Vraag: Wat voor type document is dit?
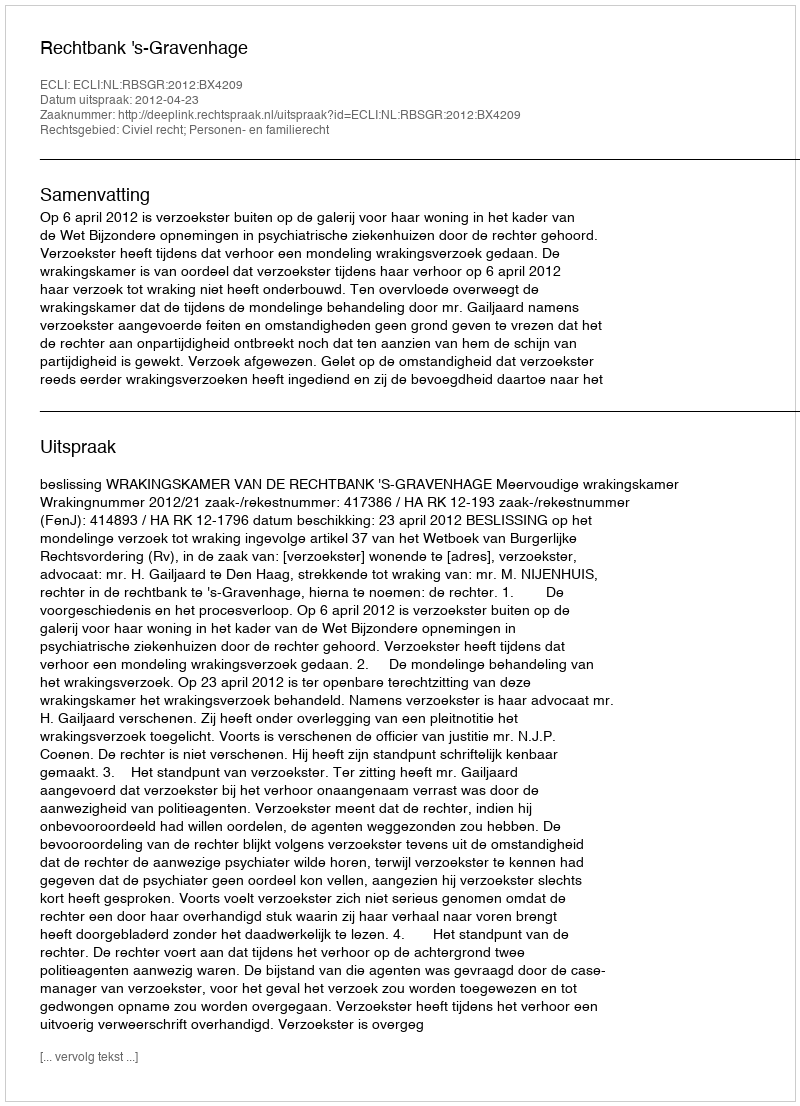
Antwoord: Uitspraak